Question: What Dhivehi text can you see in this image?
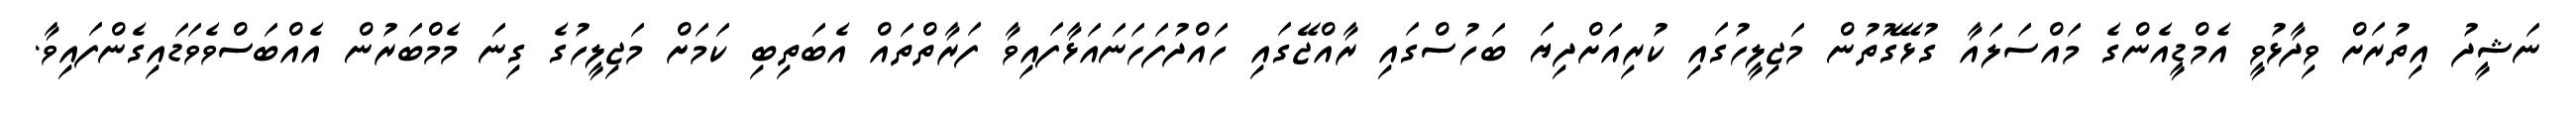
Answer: ނަޝީދު އިތުރަށް ވިދާޅުވީ އެމްޑީއެންގެ މައްސަލައާ ގުޅޭގޮތުން މަޖިލީހުގައި ކުރިއަށްދިޔަ ބަހުސްގައި ރާއްޖޭގައި ހައްދުފަހަނައަޅާފައިވާ ފަރާތްތައް އެބަތިބި ކަމަށް މަޖިލީހުގެ ގިނަ މެމްބަރުން އެއްބަސްވެވަޑައިގެންފައިވާ.